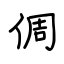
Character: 倜